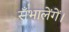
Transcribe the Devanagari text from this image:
सँभालेंगें।